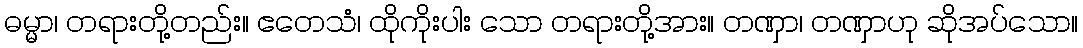
ဓမ္မာ၊ တရားတို့တည်း။ ဧတေသံ၊ ထိုကိုးပါး သော တရားတို့အား။ တဏှာ၊ တဏှာဟု ဆိုအပ်သော။